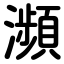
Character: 瀕